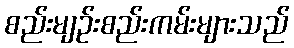
စည်းမျဉ်းစည်းကမ်းများသည်